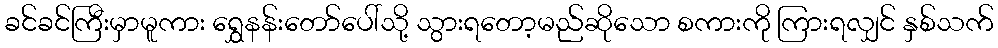
ခင်ခင်ကြီးမှာမူကား ရွှေနန်းတော်ပေါ်သို့ သွားရတော့မည်ဆိုသော စကားကို ကြားရလျှင် နှစ်သက်